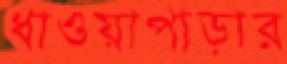
ধাওয়াপাড়ার